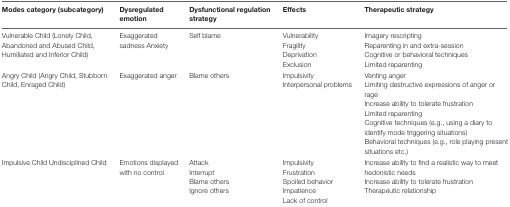
<table><thead><tr><td><b>Modes category (subcategory)</b></td><td><b>Dysregulated emotion</b></td><td><b>Dysfunctional regulation strategy</b></td><td><b>Effects</b></td><td><b>Therapeutic strategy</b></td></tr></thead><tbody><tr><td>Vulnerable Child (Lonely Child, Abandoned and Abused Child, Humiliated and Inferior Child)</td><td>Exaggerated sadness Anxiety</td><td>Self blame</td><td>VulnerabilityFragilityDeprivationExclusion</td><td>Imagery rescriptingReparenting in and extra-sessionCognitive or behavioral techniquesLimited reparenting</td></tr><tr><td>Angry Child (Angry Child, Stubborn Child, Enraged Child)</td><td>Exaggerated anger</td><td>Blame others</td><td>ImpulsivityInterpersonal problems</td><td>Venting angerLimiting destructive expressions of anger or rageIncrease ability to tolerate frustrationLimited reparentingCognitive techniques (e.g., using a diary to identify mode triggering situations)Behavioral techniques (e.g., role playing present situations etc.)</td></tr><tr><td>Impulsive Child Undisciplined Child</td><td>Emotions displayed with no control</td><td>AttackInterruptBlame othersIgnore others</td><td>ImpulsivityFrustrationSpoiled behaviorImpatienceLack of control</td><td>Increase ability to find a realistic way to meet hedonistic needsIncrease ability to tolerate frustration Therapeutic relationship</td></tr></tbody></table>